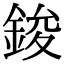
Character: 鋑